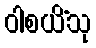
ဝါစယိံသု